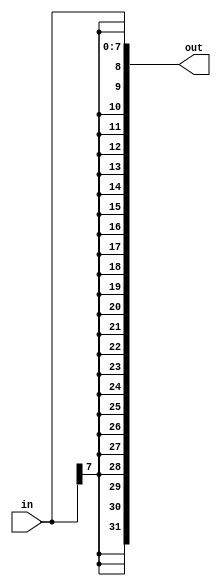
// Build a circuit that sign-extends an 8-bit number to 32 bits. This requires a concatenation of 24 copies of the sign bit (i.e., replicate bit[7] 24 times) followed by the 8-bit number itself. 
module top_module (
    input [7:0] in,
    output [31:0] out );//
    assign out = { {24{in[7]}}, in };
    // assign out = { replicate-sign-bit , the-input };

endmodule

// office sol
/*
module top_module (
	input [7:0] in,
	output [31:0] out
);

	// Concatenate two things together:
	// 1: {in[7]} repeated 24 times (24 bits)
	// 2: in[7:0] (8 bits)
	assign out = { {24{in[7]}}, in };
	
endmodule
*/